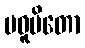
ပဓူပိတော